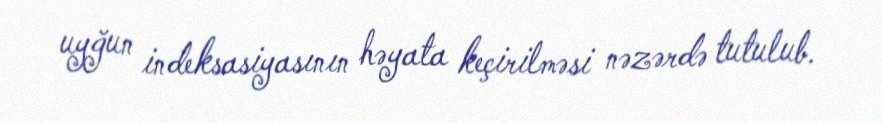
uyğun indeksasiyasının həyata keçirilməsi nəzərdə tutulub.